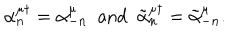
\alpha _ { n } ^ { \mu \dagger } = \alpha _ { - n } ^ { \mu } \, \, \, \mathrm { a n d } \, \, \, \tilde { \alpha } _ { n } ^ { \mu \dagger } = \tilde { \alpha } _ { - n } ^ { \mu } .